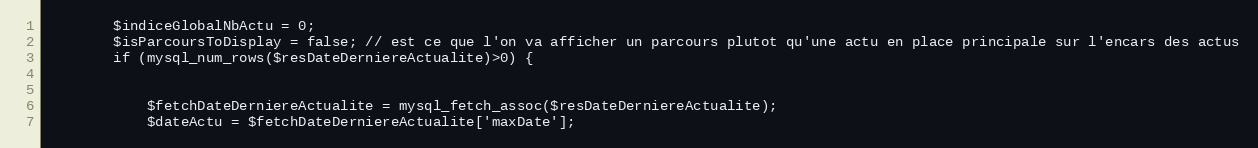
Language: PHP
		$indiceGlobalNbActu = 0;
		$isParcoursToDisplay = false; // est ce que l'on va afficher un parcours plutot qu'une actu en place principale sur l'encars des actus
		if (mysql_num_rows($resDateDerniereActualite)>0) {

			$fetchDateDerniereActualite = mysql_fetch_assoc($resDateDerniereActualite);
			$dateActu = $fetchDateDerniereActualite['maxDate'];